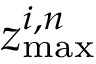
z _ { \mathrm { m a x } } ^ { i , n }